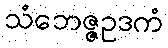
သံဘေဇ္ဇဥဒကံ